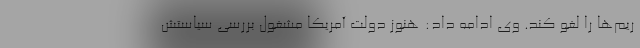
ریم‌ها را لغو کند. وی ادامه داد: هنوز دولت آمریکا مشغول بررسی سیاستش